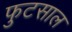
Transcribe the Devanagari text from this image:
फुटसाल